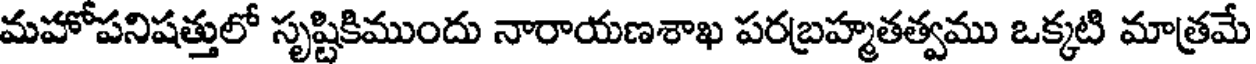
మహోపనిషత్తులో సృష్టికిముందు నారాయణశాఖ పరబ్రహ్మతత్వము ఒక్కటి మాత్రమే